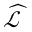
\widehat { \mathcal { L } }